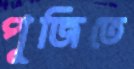
পূজিতে